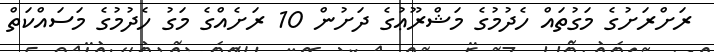
ރަށްރަށުގެ މަގުތައް ހެދުމުގެ މަޝްރޫޢުގެ ދަށުން 10 ރަށެއްގެ މަގު ހެދުމުގެ މަސައްކަތް